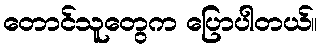
တောင်သူတွေက ပြောပါတယ်။